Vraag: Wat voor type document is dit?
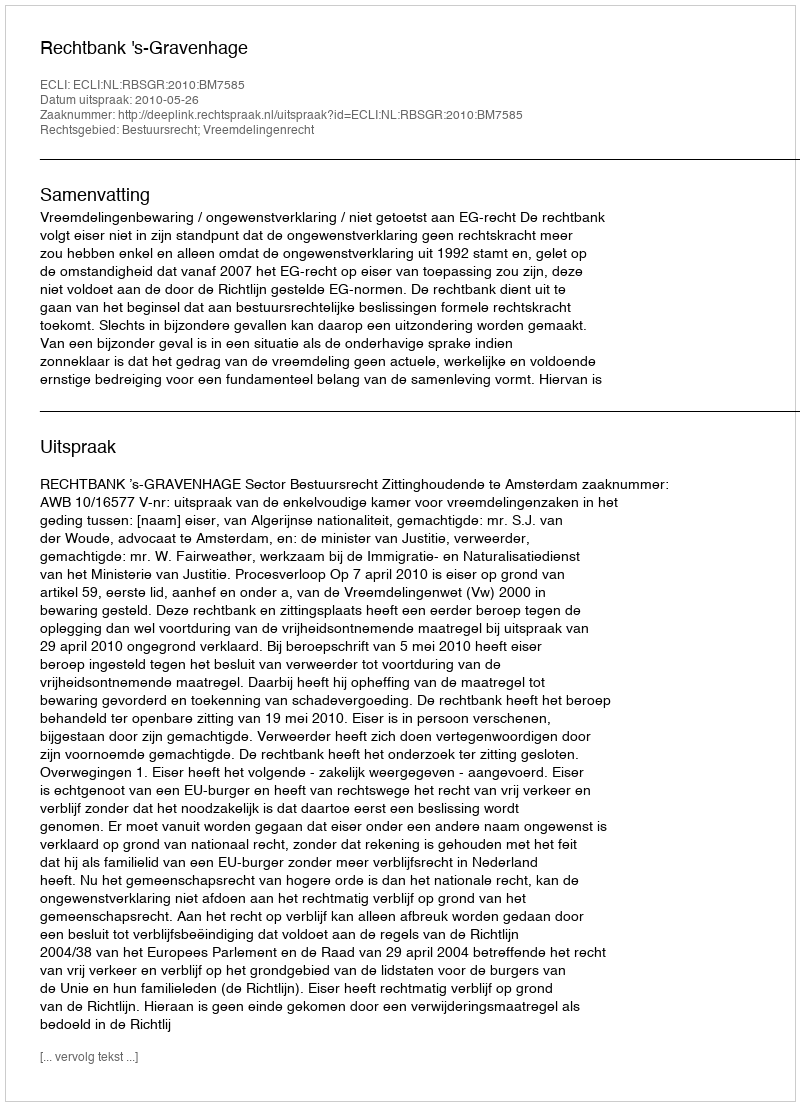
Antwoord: Uitspraak